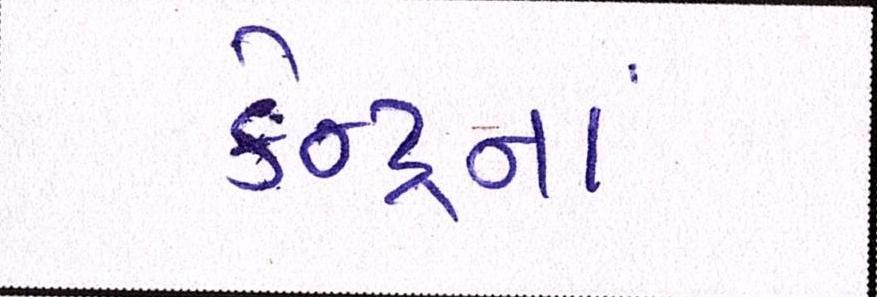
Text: કેન્દ્રનાં